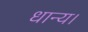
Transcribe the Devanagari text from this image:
धान्य।